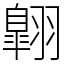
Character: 翺